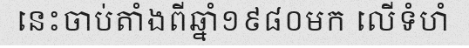
នេះចាប់តាំងពីឆ្នាំ១៩៨០មក លើទំហំ